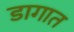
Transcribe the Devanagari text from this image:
डागात